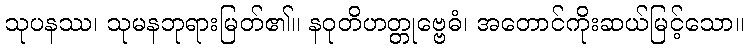
သုပနဿ၊ သုမနဘုရားမြတ်၏။ နဝုတိဟတ္တုဗ္ဗေဓံ၊ အတောင်ကိုးဆယ်မြင့်သော။